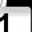
Digit: 1